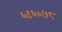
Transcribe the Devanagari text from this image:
६९६०७८